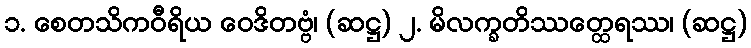
၁. စေတသိကဝီရိယ ဝေဒိတဗ္ဗံ၊ (ဆဋ္ဌ) ၂. မိလက္ခတိဿတ္ထေရဿ၊ (ဆဋ္ဌ)